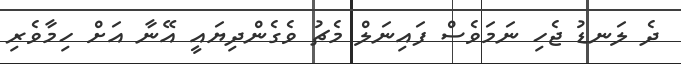
ދެ ލަނޑު ޖެހި ނަމަވެސް ފައިނަލް މެޗު ވެގެންދިޔައީ އޭނާ އަށް ހިމާވެރި